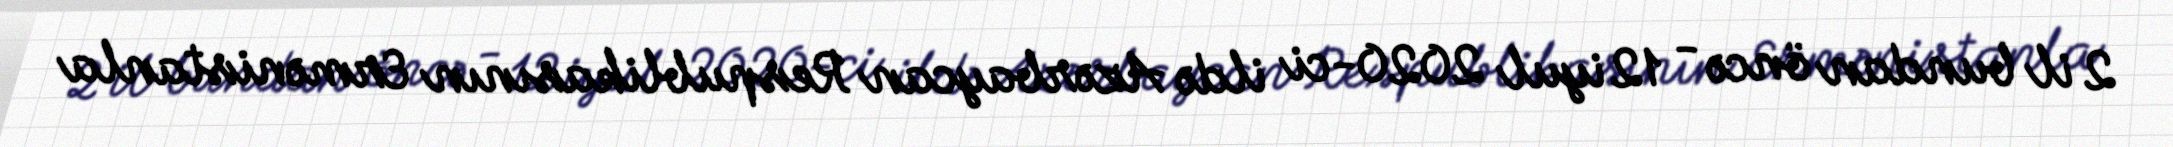
2 il bundan öncə - 12 iyul 2020-ci ildə Azərbaycan Respublikasının Ermənistanla